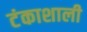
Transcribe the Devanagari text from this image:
टंकाशाली